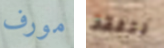
مورف نتفقد